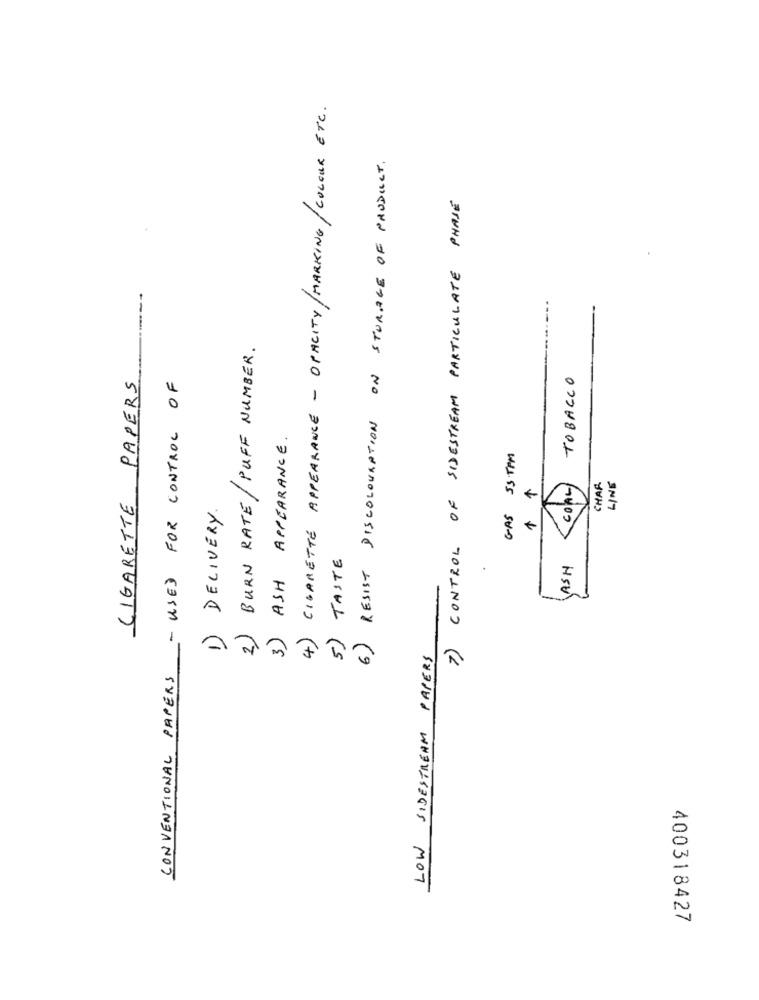
4) CIGARETTE APPEARANCE - OPACITY/MARKING/COLOUR ETC.
6) RESIST DISCOLOURPTION ON STORAGE OF PRODUCT.
7) CONTROL OF SIDESTREAM PARTICULATE PHASE
----
2) BURN RATE / PUFF NUMBER.
CIGARETTE PAPERS
_- USED FOR CONTROL OF
TOBACCO
3) ASH APPEARANCE.
GAS SSTPM
LINE
COAL)
CHAR
1) DELIVERY.
5) TASTE
ASH
LOW SIDESTREAM PAPERS
CONVENTIONAL PAPERS
400318427